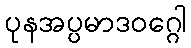
ပုနအပ္ပမာဒဝဂ္ဂေါ